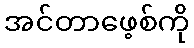
အင်တာဖေ့စ်ကို